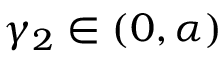
\gamma _ { 2 } \in ( 0 , \alpha )